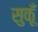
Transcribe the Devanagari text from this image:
सुकूँ